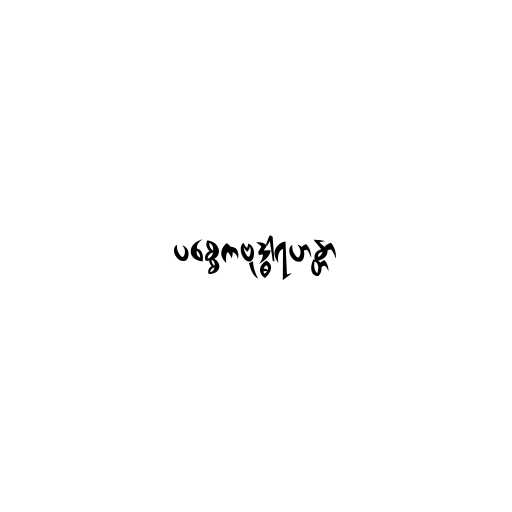
ပစ္စေကဗုဒ္ဓါရဟန္တာ